Elephants and their diseases
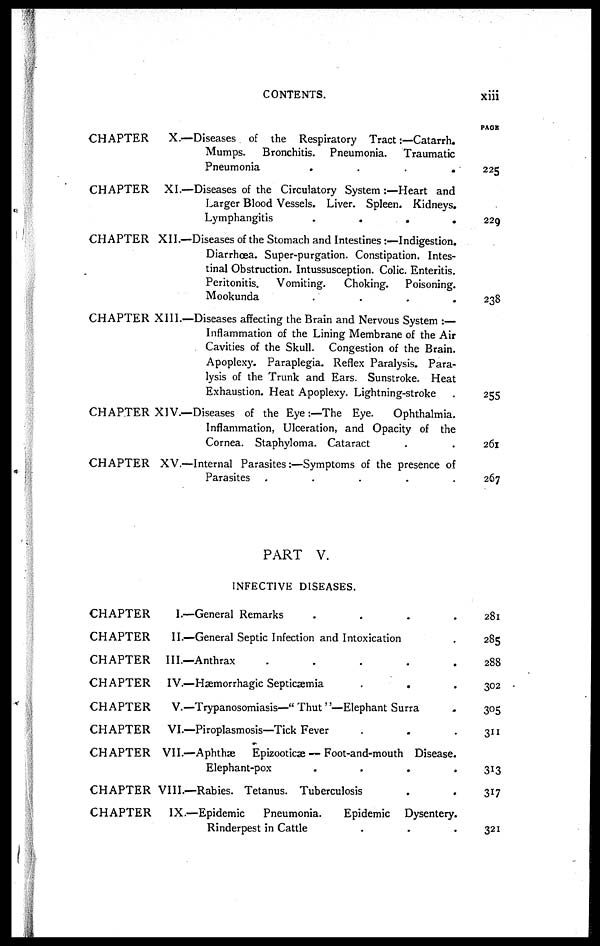
CONTENTS.
xiii
CHAPTER
CHAPTER
CHAPTER
CHAPTER
CHAPTER
CHAPTER
X.—Diseases of the Respiratory Tract:—Catarrh.
Mumps. Bronchitis. Pneumonia.
Traumatic
Pneumonia
....
XI.—Diseases of the Circulatory System :—Heart and
Larger Blood Vessels. Liver. Spleen. Kidneys.
Lymphangitis
....
XII.—Diseases of the Stomach and Intestines:—Indigestion.
Diarrhoea. Super-purgation. Constipation. Intes-
tinal Obstruction. Intussusception. Colic. Enteritis.
Peritonitis. Vomiting.
Choking. Poisoning.
Mookunda
....
XIII.—Diseases affecting the Brain and Nervous System :—
Inflammation of the Lining Membrane of the Air
Cavities of the Skull. Congestion of the Brain.
Apoplexy. Paraplegia. Reflex Paralysis. Para-
lysis of the Trunk and Ears. Sunstroke. Heat
Exhaustion. Heat Apoplexy. Lightning-stroke
XIV.—Diseases of the Eye :—The Eye.
Ophthalmia.
Inflammation, Ulceration, and Opacity of the
Cornea. Staphyloma. Cataract
XV.—Internal Parasites:—Symptoms of the presence of
Parasites
.....
PAGE
225
229
238
255
261
267
PART V.
INFECTIVE DISEASES.
CHAPTER
CHAPTER
CHAPTER
CHAPTER
CHAPTER
CHAPTER
CHAPTER
CHAPTER
CHAPTER
I.—General Remarks
II.—General Septic Infection and Intoxication
III.—Anthrax
....
IV.—Hæmorrhagic Septicæmia
.
.
V.—Trypanosomiasis—" Thut''—Elephant Surra
VI.—Piroplasmosis—Tick Fever
VII.—Aphthæ
Epizootics — Foot-and-mouth Disease
Elephant-pox
VIII.—Rabies. Tetanus. Tuberculosis
IX.—Epidemic
Pneumonia.
Epidemic Dysentery
Rinderpest in Cattle
281
285
288
302
305
311
313
317
321